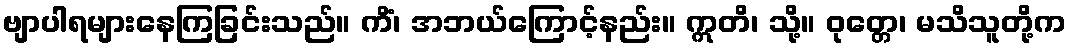
ဗျာပါရများနေကြခြင်းသည်။ ကိံ၊ အဘယ်ကြောင့်နည်း။ ဣတိ၊ သို့။ ဝုတ္တေ၊ မသိသူတို့က